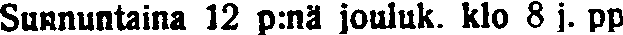
Sunnuntaina 12 p:nä jouluk. klo 8 j. pp